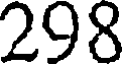
298